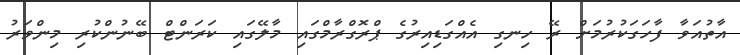
އާތުއަވާ ފާހަގަކުރުމަށް ރޭ ހިނގި އެއްގަޑިއިރުގެ ޕްރޮގްރާމްގައި މާލޭގައި ކަރަންޓް ބޭނުންކުރި މިންވަރު